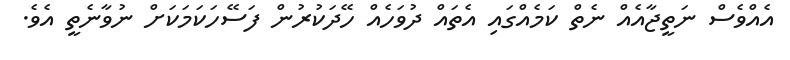
އެއްވެސް ނަތީޖާއެއް ނެތް ކަމެއްގައި އެތައް ދުވަހެއް ހޭދަކުރުން ފަސޭހަކަމަކަށް ނުވާނެތީ އެވެ.